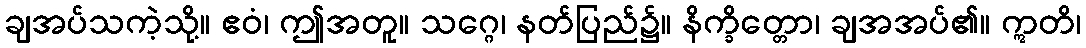
ချအပ်သကဲ့သို့။ ဧဝံ၊ ဤအတူ။ သဂ္ဂေ၊ နတ်ပြည်၌။ နိက္ခိတ္တော၊ ချအအပ်၏။ ဣတိ၊